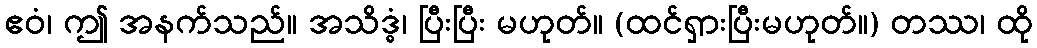
ဧဝံ၊ ဤ အနက်သည်။ အသိဒ္ဓံ၊ ပြီးပြီး မဟုတ်။ (ထင်ရှားပြီးမဟုတ်။) တဿ၊ ထို